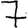
Digit: 7